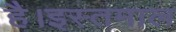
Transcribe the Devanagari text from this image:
है।इस्तमाल